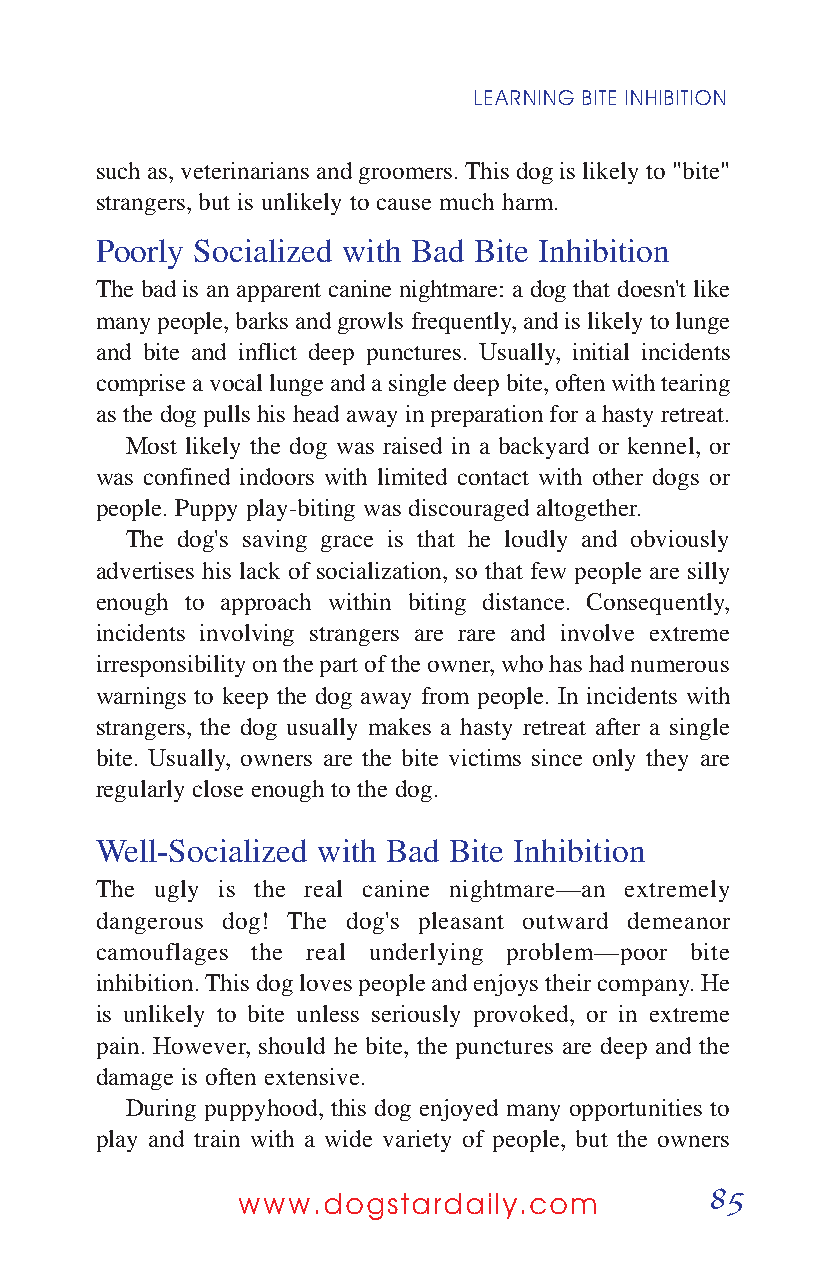
LEARNING BITE INHIBITION
 such as, veterinarians and groomers. This dog is likely to "bite"
 strangers, but is unlikely to cause much harm.
 Poorly Socialized with Bad Bite Inhibition
 The bad is an apparent canine nightmare: a dog that doesn't like
 many people, barks and growls frequently, and is likely to lunge
 and bite and inflict deep punctures. Usually, initial incidents
 comprise a vocal lunge and a single deep bite, often with tearing
 as the dog pulls his head away in preparation for a hasty retreat.
 Most likely the dog was raised in a backyard or kennel, or
 was confined indoors with limited contact with other dogs or
 people. Puppy play-biting was discouraged altogether.
 The dog's saving grace is that he loudly and obviously
 advertises his lack of socialization, so that few people are silly
 enough to approach within biting distance. Consequently,
 incidents involving strangers are rare and involve extreme
 irresponsibility on the part of the owner, who has had numerous
 warnings to keep the dog away from people. In incidents with
 strangers, the dog usually makes a hasty retreat after a single
 bite. Usually, owners are the bite victims since only they are
 regularly close enough to the dog.
 Well-Socialized with Bad Bite Inhibition
 The ugly is the real canine nightmare—an extremely
 dangerous dog! The dog's pleasant outward demeanor
 camouflages the real underlying problem—poor bite
 inhibition. This dog loves people and enjoys their company. He
 is unlikely to bite unless seriously provoked, or in extreme
 pain. However, should he bite, the punctures are deep and the
 damage is often extensive.
 During puppyhood, this dog enjoyed many opportunities to
 play and train with a wide variety of people, but the owners
 85
 www.dogstardaily.com